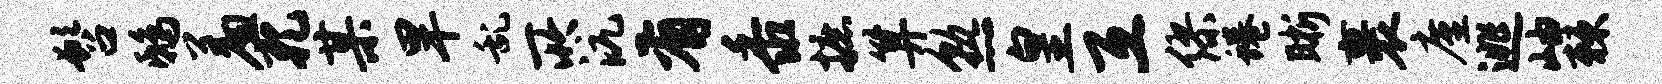
髫鸱羞孔某旱乱所沆有黍摭算熟皇互缪蜷晰裹廑逃岫棘